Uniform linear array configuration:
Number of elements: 32
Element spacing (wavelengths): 0.75
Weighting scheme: uniform
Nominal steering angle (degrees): -45
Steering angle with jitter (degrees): -44.291
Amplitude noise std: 0.05
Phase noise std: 0.05

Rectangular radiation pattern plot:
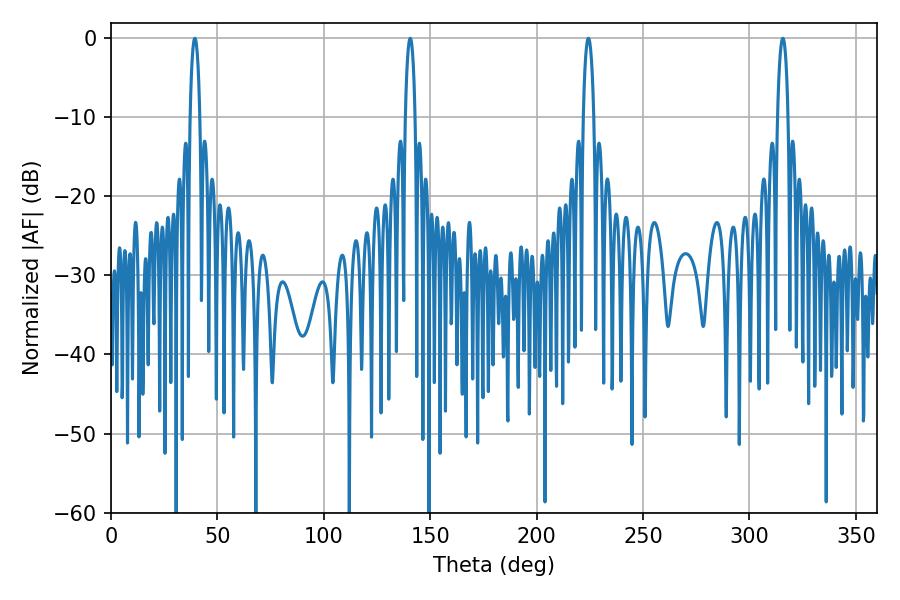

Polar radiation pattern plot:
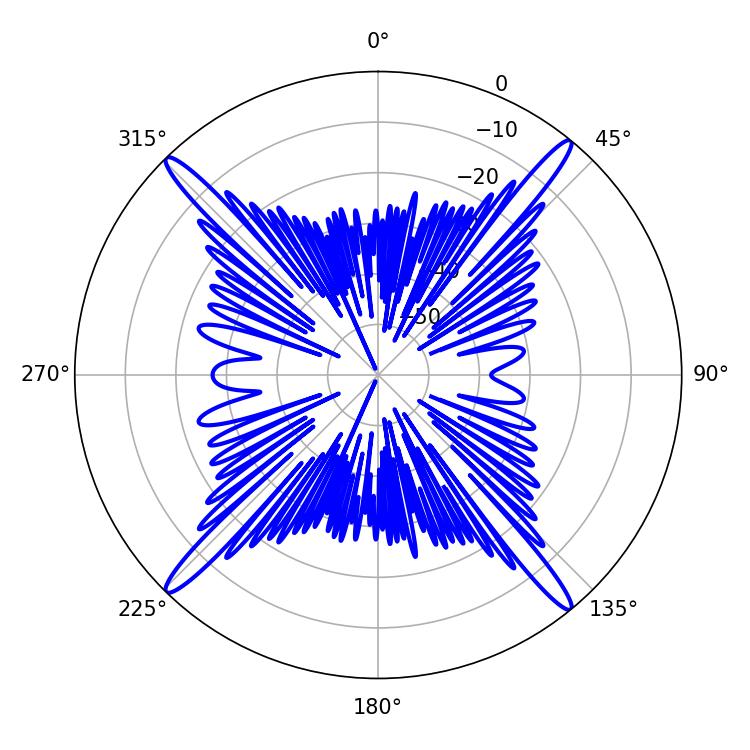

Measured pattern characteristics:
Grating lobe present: TRUE
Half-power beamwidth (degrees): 2.52
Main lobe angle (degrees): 140.58